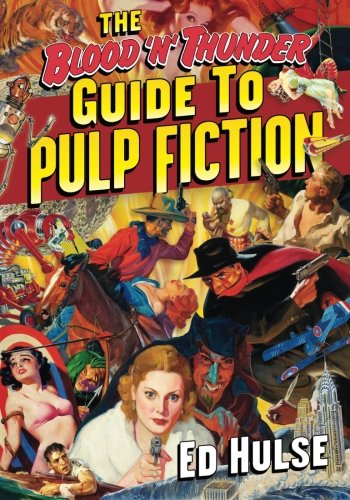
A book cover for The Blood 'n' Thunder Guide to Pulp Fiction; Ed Hulse; Humor & Entertainment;